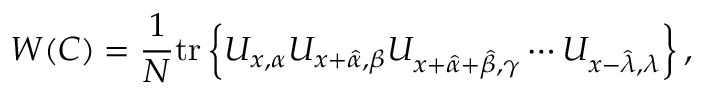
W ( C ) = \frac { 1 } { N } \mathrm { t r } \left\{ U _ { x , \alpha } U _ { x + \hat { \alpha } , \beta } U _ { x + \hat { \alpha } + \hat { \beta } , \gamma } \cdots U _ { x - \hat { \lambda } , \lambda } \right\} ,